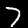
Digit: 7